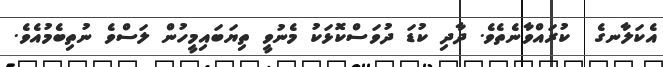
އެކަލާނގެ  ކުރައްވާނެތެވެ. ދާދި ކުޑަ ދުވަސްކޮޅަކު މެނުވީ ތިޔަބައިމީހުން ލަސްވެ ނުތިބެމުއެވެ.